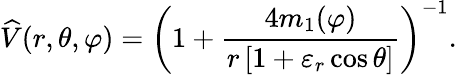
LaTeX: {\widehat{V}}(r,\theta,\varphi)=\left(1+{\frac{4m_{1}(\varphi)}{r\left[1+\varepsilon_{r}\cos\theta\right]}}\right)^{-1}.